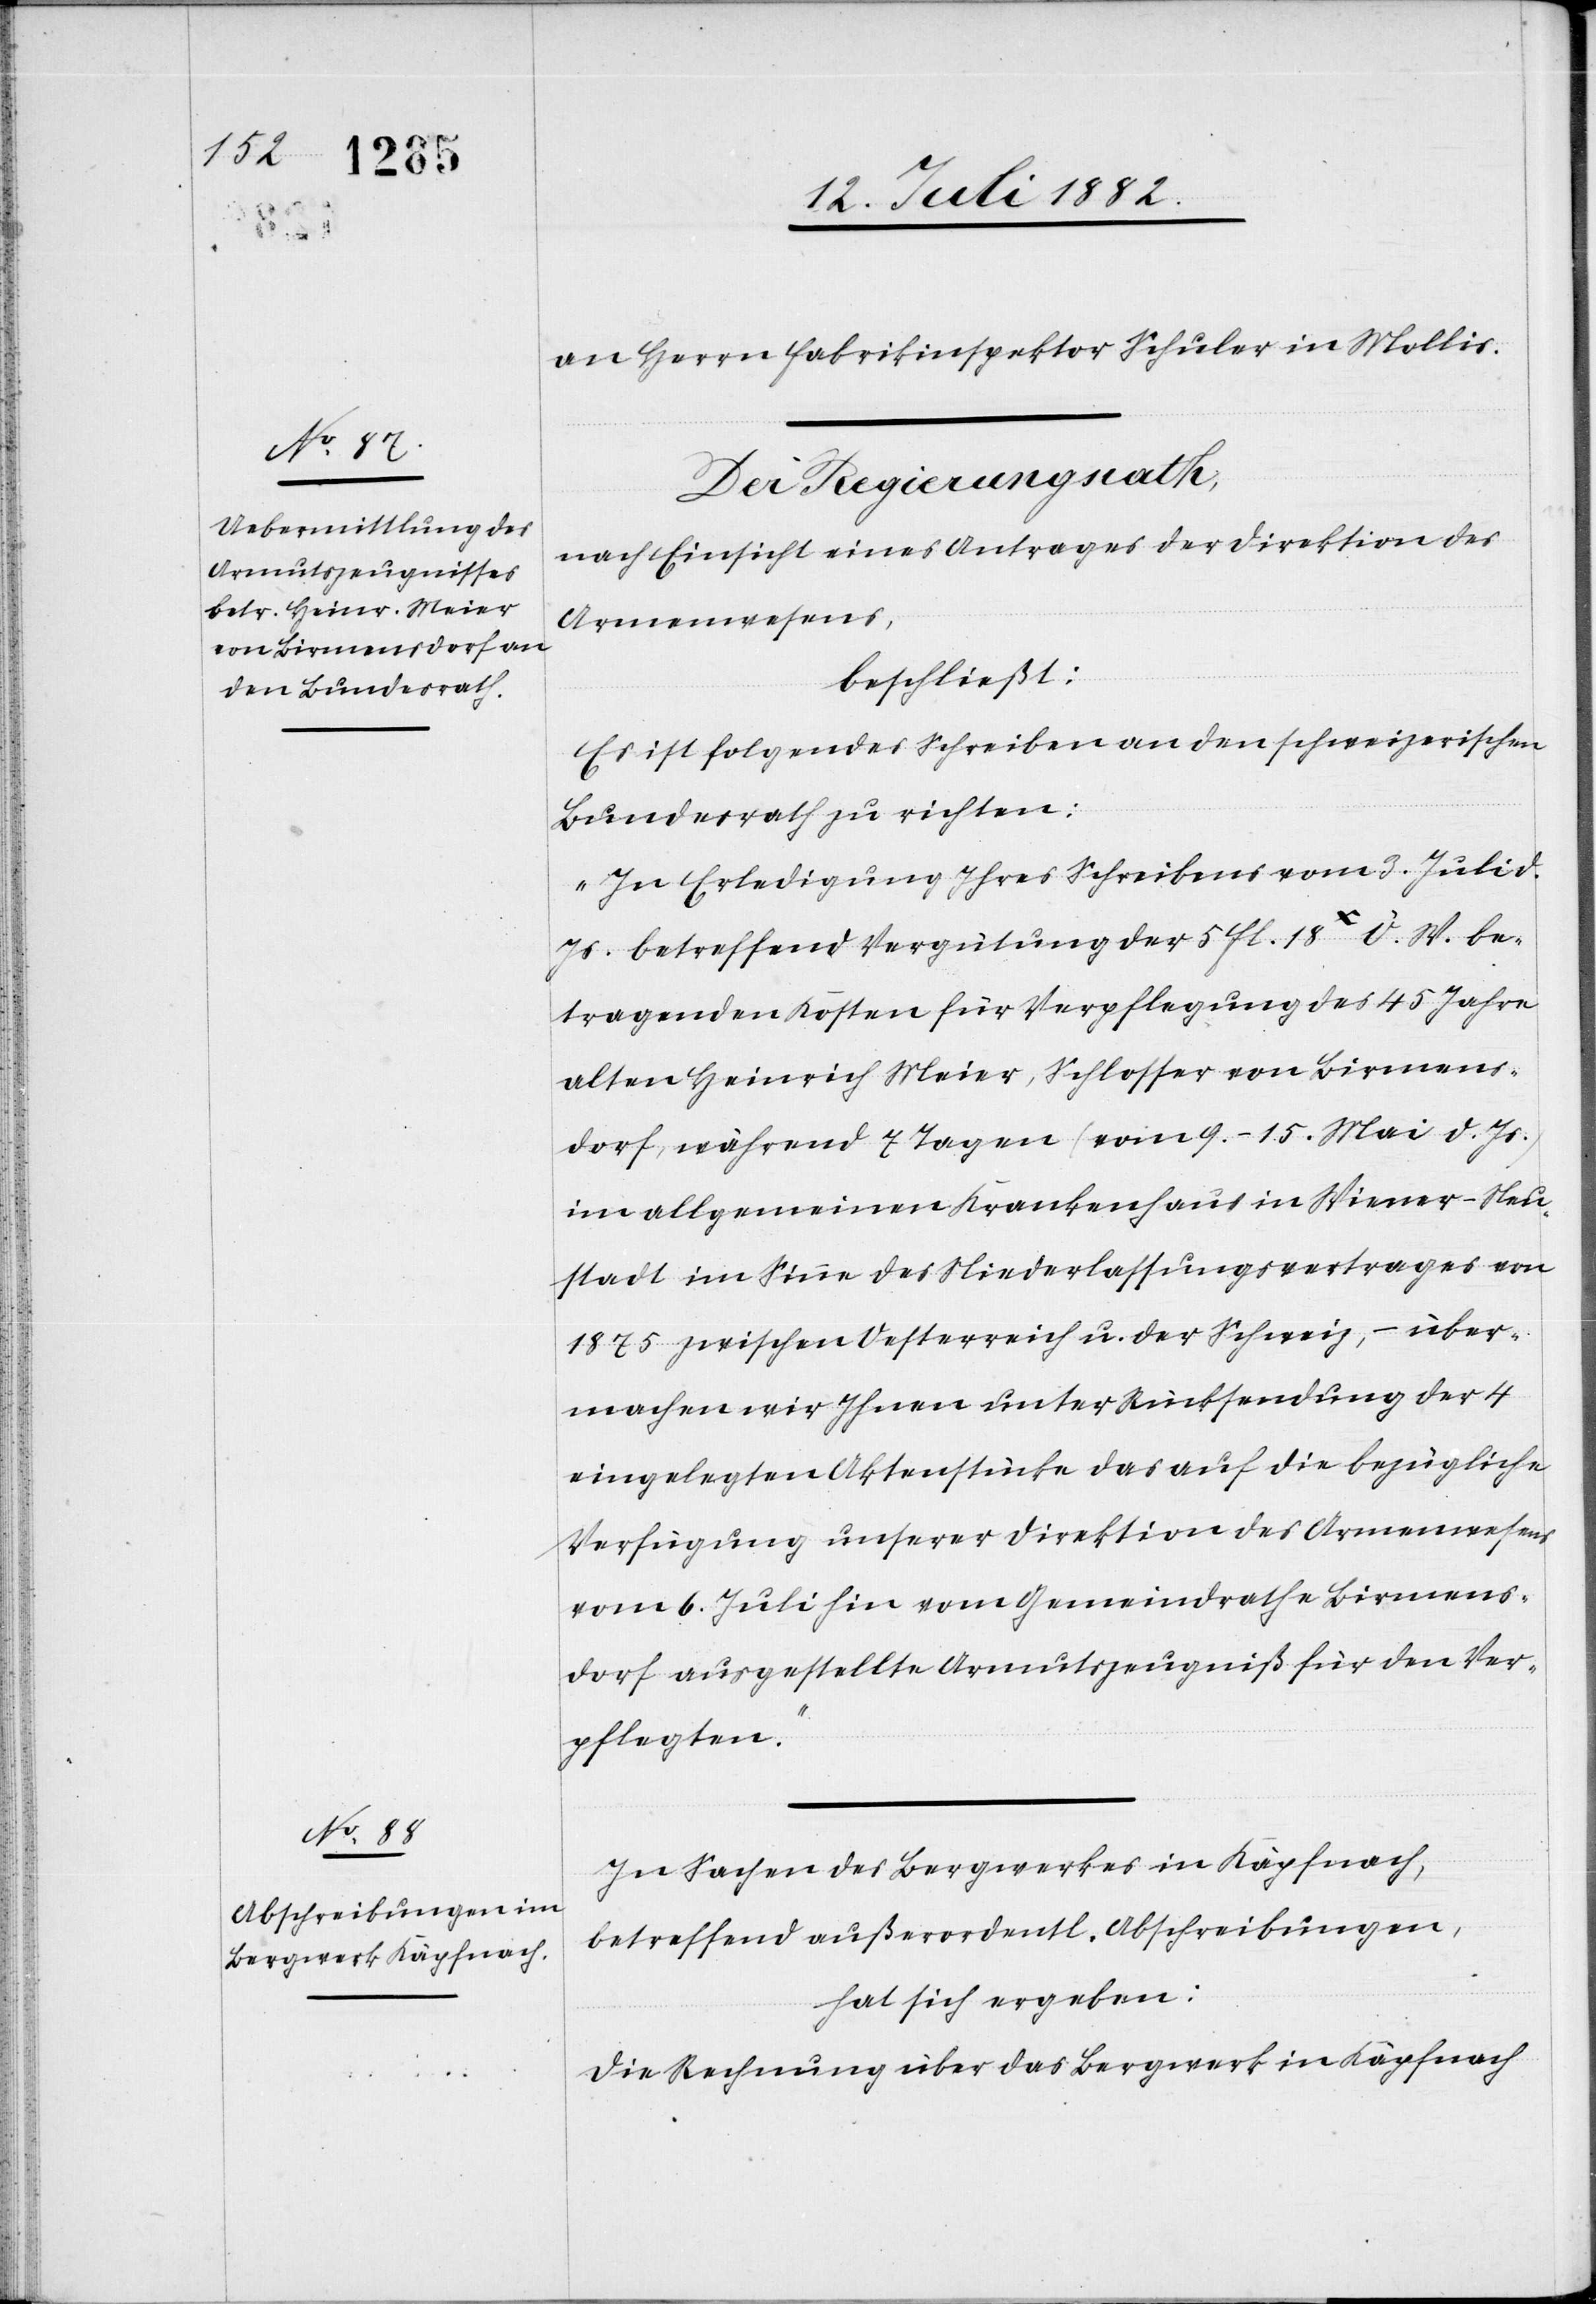
an Herrn Fabrikinspektor Schuler in Mollis.
Der Regierungsrath,
nach Einsicht eines Antrages der Direktion des
Armenwesens,
beschließt:
Es ist folgendes Schreiben an den schweizerischen
Bundesrath zu richten:
„In Erledigung Ihres Schreibens vom 3. Juli d.
Js. betreffend Vergütung der 5 fl. 18x Ö. W. be¬
tragenden Kosten für Verpflegung des 45 Jahre
alten Heinrich Meier, Schlosser von Birmens¬
dorf, während 7 Tagen (vom 9.–15. Mai d. Js.)
im allgemeinen Krankenhaus in Wiener-Neu¬
stadt im Sinne des Niederlassungsvertrages von
1875 zwischen Oesterreich u. der Schweiz, – über¬
machen wir Ihnen unter Rücksendung der 4
eingelegten Aktenstücke das auf die bezügliche
Verfügung unserer Direktion des Armenwesens
vom 6. Juli hin vom Gemeindrathe Birmens¬
dorf ausgestellte Armutszeugniß für den Ver¬
pflegten.“
In Sachen des Bergwerkes in Käpfnach,
betreffend außerordentl. Abschreibungen,
hat sich ergeben:
Die Rechnung über das Bergwerk in Käpfnach